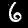
Digit: 6